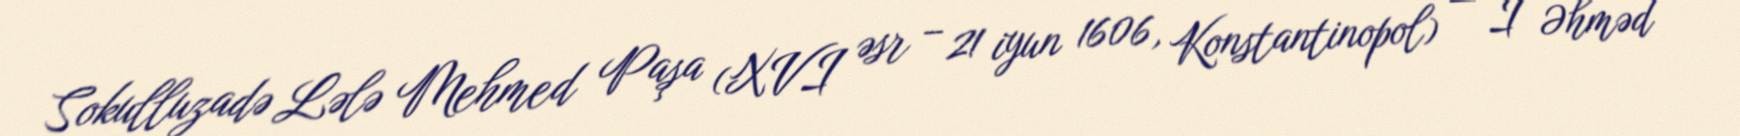
Sokulluzadə Lələ Mehmed Paşa (XVI əsr – 21 iyun 1606, Konstantinopol) — I Əhməd